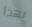
بهذا